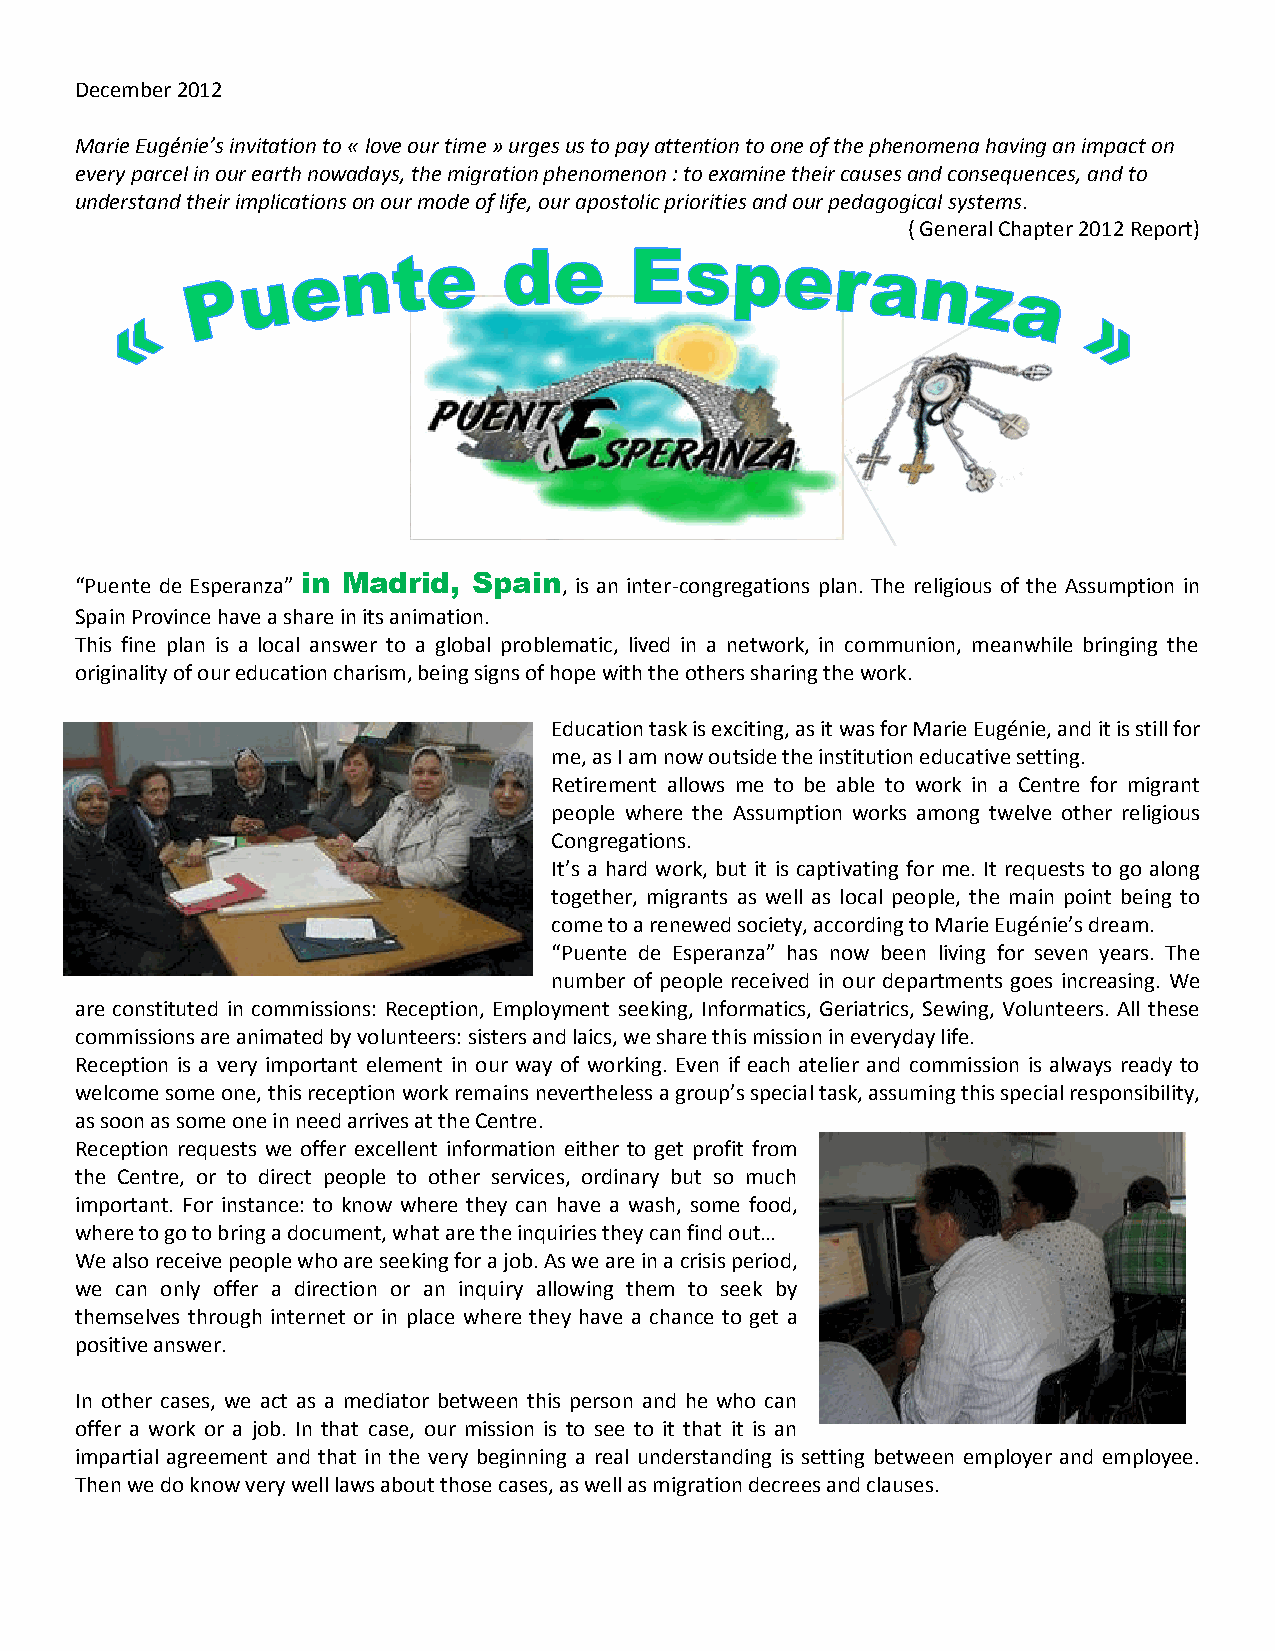
December 2012
 Marie Eugénie’s invitation to « love our time » urges us to pay attention to one of the phenomena having an impact on
 every parcel in our earth nowadays, the migration phenomenon : to examine their causes and consequences, and to
 understand their implications on our mode of life, our apostolic priorities and our pedagogical systems.
 ( General Chapter 2012 Report)
 “Puente de Esperanza” in Madrid, Spain, is an inter-congregations plan. The religious of the Assumption in
 Spain Province have a share in its animation.
 This fine plan is a local answer to a global problematic, lived in a network, in communion, meanwhile bringing the
 originality of our education charism, being signs of hope with the others sharing the work.
 Education task is exciting, as it was for Marie Eugénie, and it is still for
 me, as I am now outside the institution educative setting.
 Retirement allows me to be able to work in a Centre for migrant
 people where the Assumption works among twelve other religious
 Congregations.
 It’s a hard work, but it is captivating for me. It requests to go along
 together, migrants as well as local people, the main point being to
 come to a renewed society, according to Marie Eugénie’s dream.
 “Puente de Esperanza” has now been living for seven years. The
 number of people received in our departments goes increasing. We
 are constituted in commissions: Reception, Employment seeking, Informatics, Geriatrics, Sewing, Volunteers. All these
 commissions are animated by volunteers: sisters and laics, we share this mission in everyday life.
 Reception is a very important element in our way of working. Even if each atelier and commission is always ready to
 welcome some one, this reception work remains nevertheless a group’s special task, assuming this special responsibility,
 as soon as some one in need arrives at the Centre.
 Reception requests we offer excellent information either to get profit from
 the Centre, or to direct people to other services, ordinary but so much
 important. For instance: to know where they can have a wash, some food,
 where to go to bring a document, what are the inquiries they can find out…
 We also receive people who are seeking for a job. As we are in a crisis period,
 we can only offer a direction or an inquiry allowing them to seek by
 themselves through internet or in place where they have a chance to get a
 positive answer.
 In other cases, we act as a mediator between this person and he who can
 offer a work or a job. In that case, our mission is to see to it that it is an
 impartial agreement and that in the very beginning a real understanding is setting between employer and employee.
 Then we do know very well laws about those cases, as well as migration decrees and clauses.